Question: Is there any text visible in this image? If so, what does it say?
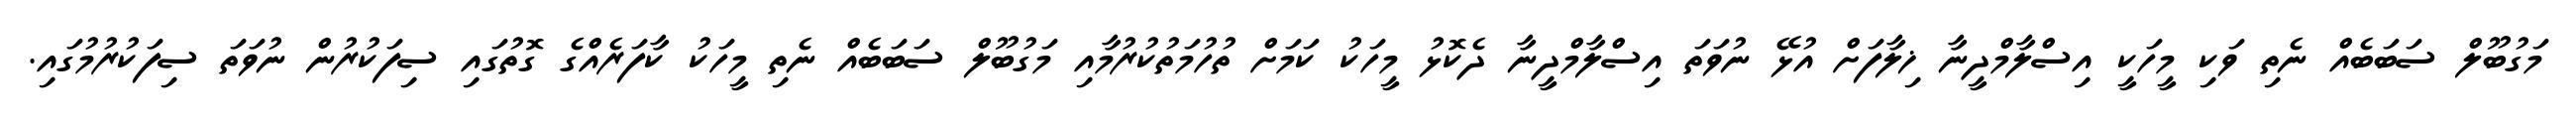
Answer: މަގުބޫލް ސަބަބެއް ނެތި ވަކި މީހަކީ އިސްލާމްދީނާ ޚިލާފަށް އުޅޭ ނުވަތަ އިސްލާމްދީނާ ދެކޮޅު މީހަކު ކަމަށް ތުހުމަތުކުރުމާއި މަގުބޫލް ސަބަބެއް ނެތި މީހަކު ކާފަރެއްގެ ގޮތުގައި ސިފަކުރުން ނުވަތަ ސިފަކުރުމުގައި.